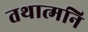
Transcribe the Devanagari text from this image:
तथात्मनि